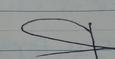
Signature authenticity: forged